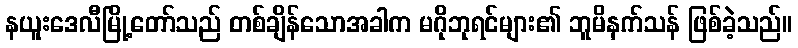
နယူးဒေလီမြို့တော်သည် တစ်ချိန်သောအခါက မဂိုဘုရင်များ၏ ဘူမိနက်သန် ဖြစ်ခဲ့သည်။